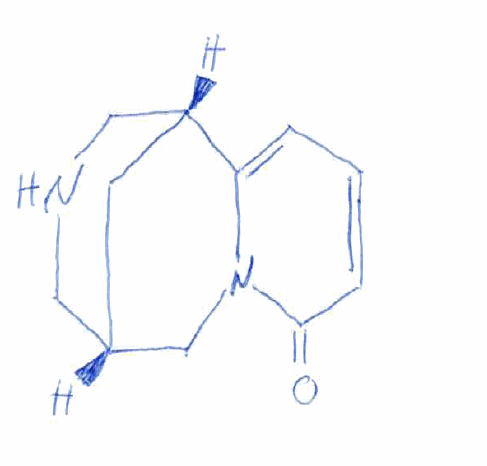
Simplified molecular-input line-entry system (SMILES) notation of the given molecule:
C1[C@H]2CNC[C@@H]1C3=CC=CC(=O)N3C2